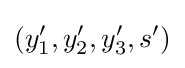
(y'_{1},y'_{2},y'_{3},s')